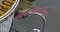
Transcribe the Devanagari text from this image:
उपचारिकाशिक्षा